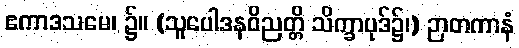
ဧကာဒသမေ၊ ၌။ (သူပေါဒနဝိညတ္တိ သိက္ခာပုဒ်၌၊) ဉာတကာနံ